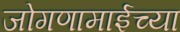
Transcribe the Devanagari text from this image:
जोगणामाईच्या